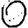
Digit: 0